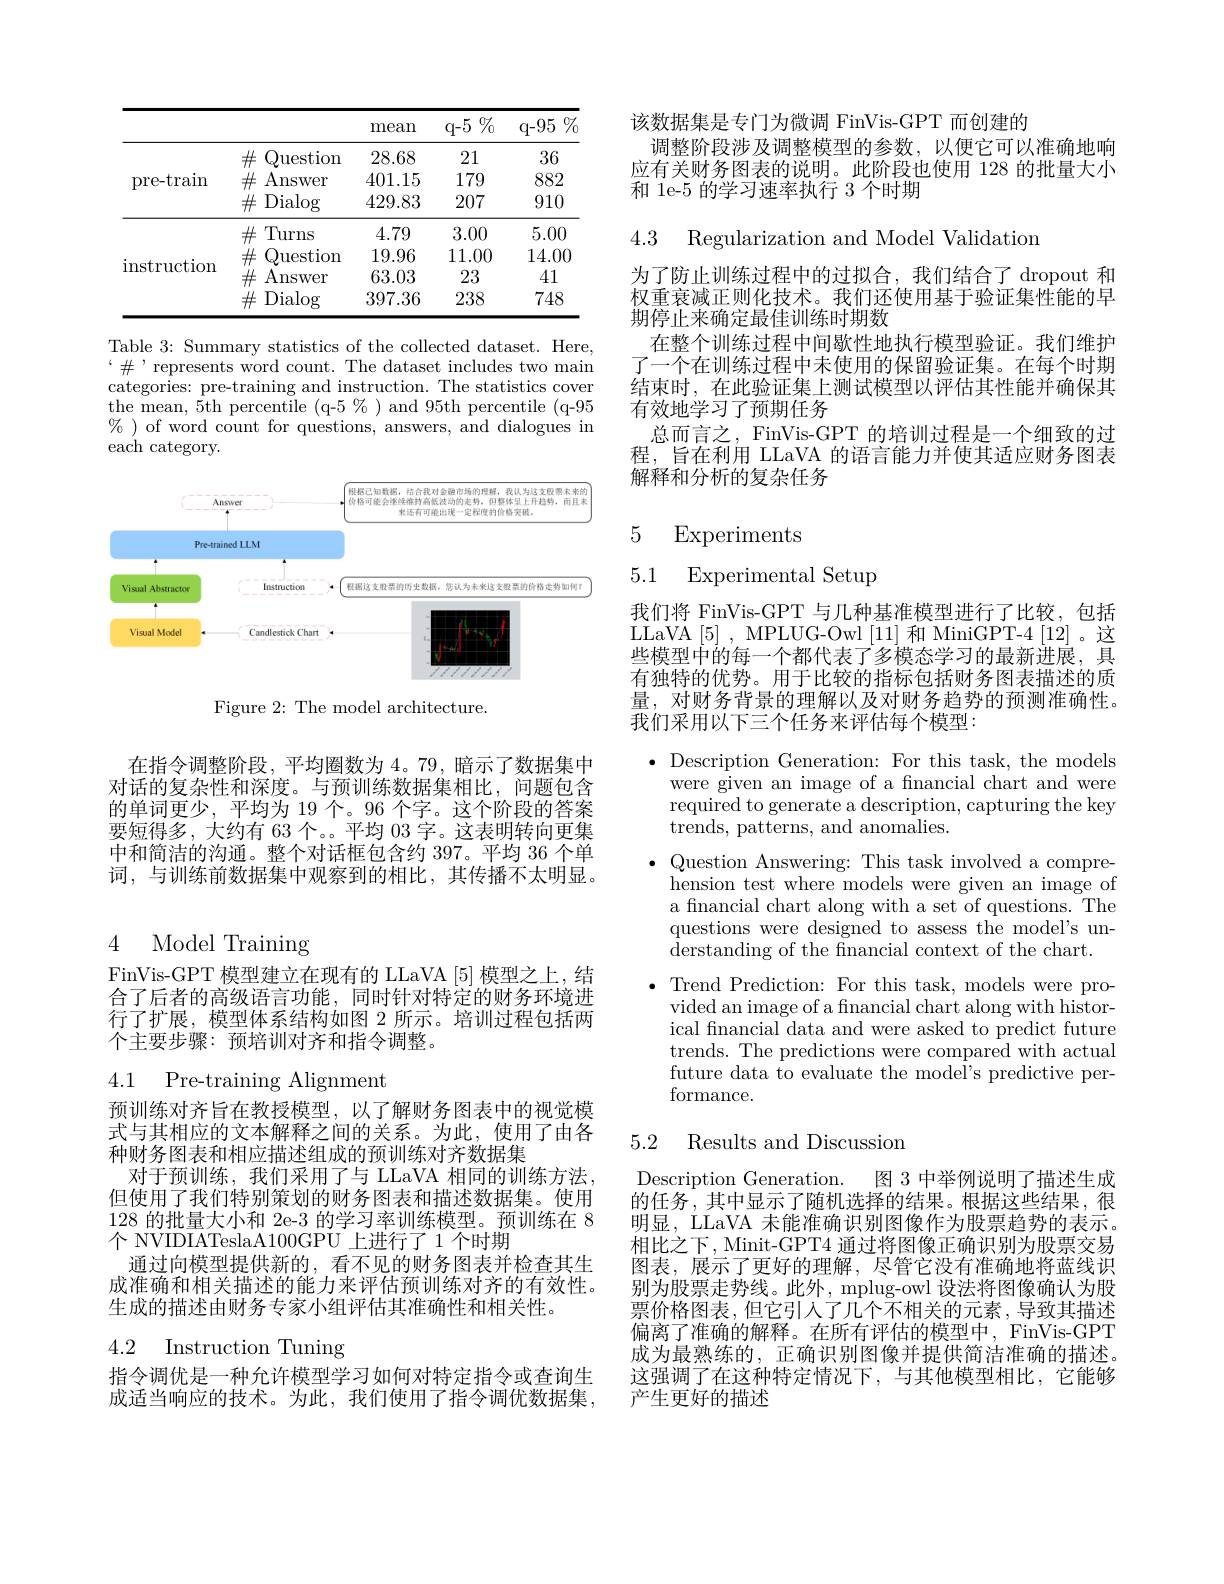
<table>
	<tbody>
		<tr>
			<th> </th>
			<th> </th>
			<th>mean</th>
			<th>$q-5\%$</th>
			<th>${\mathrm{q-95}}\%$</th>
		</tr>
		<tr>
			<td rowspan="3">pre-train</td>
			<td>Question</td>
			<td>28.68</td>
			<td>21</td>
			<td>36</td>
		</tr>
		<tr>
			<td>Answer 出</td>
			<td>401.15</td>
			<td>179</td>
			<td>882</td>
		</tr>
		<tr>
			<td>$\#$ Dialog</td>
			<td>429.83</td>
			<td>207</td>
			<td>910</td>
		</tr>
		<tr>
			<td rowspan="4">instruction</td>
			<td>$\#$ Turns</td>
			<td>4.79</td>
			<td>3.00</td>
			<td>5.00</td>
		</tr>
		<tr>
			<td>Question 1</td>
			<td>19.96</td>
			<td>11.00</td>
			<td>14.00</td>
		</tr>
		<tr>
			<td>Answer</td>
			<td>63.03</td>
			<td>23</td>
			<td>41</td>
		</tr>
		<tr>
			<td>$\#$ Dialog</td>
			<td>397.36</td>
			<td>238</td>
			<td>748</td>
		</tr>
	</tbody>
</table>

Table 3: Summary statistics of the collected dataset. Here, $“\#’$represents word count. The dataset includes two main categories: pre-training and instruction. The statistics cover the mean, 5th percentile (q-5%) and 95th percentile (q-95 $\%$ ) of word count for questions, answers, and dialogues in ${\mathrm{each~category.}}$

<FigureHere>

Figure 2: The model architecture.

在指令调整阶段，平均圈数为 4。79, 暗示了数据集中对话的复杂性和深度。与预训练数据集相比，问题包含的单词更少，平均为 19 个。96 个字。这个阶段的答案要短得多，大约有 63 个。。平均 03 字。这表明转向更集中和简洁的沟通。整个对话框包含约 397。平均 36 个单词，与训练前数据集中观察到的相比，其传播不太明显。

# 4 Model Training

FinVis-GPT 模型建立在现有的 LLaVA [5]模型之上，结合了后者的高级语言功能，同时针对特定的财务环境进行了扩展，模型体系结构如图 2 所示。培训过程包括两个主要步骤：预培训对齐和指令调整。

4.1 Pre-training Alignment

预训练对齐旨在教授模型，以了解财务图表中的视觉模式与其相应的文本解释之间的关系。为此，使用了由各种财务图表和相应描述组成的预训练对齐数据集
对于预训练，我们采用了与 LLaVA 相同的训练方法， 但使用了我们特别策划的财务图表和描述数据集。使用128的批量大小和 2e-3 的学习率训练模型。预训练在 8个 NVIDIATeslaA100GPU 上进行了1个时期
通过向模型提供新的，看不见的财务图表并检查其生成准确和相关描述的能力来评估预训练对齐的有效性。生成的描述由财务专家小组评估其准确性和相关性。

4.2 Instruction Tuning

指令调优是一种允许模型学习如何对特定指令或查询生成适当响应的技术。为此，我们使用了指令调优数据集，

该数据集是专门为微调 FinVis-GPT 而创建的
调整阶段涉及调整模型的参数，以便它可以准确地响应有关财务图表的说明。此阶段也使用 128 的批量大小和 1e-5 的学习速率执行 3 个时期

4.3 Regularization and Model Validation

为了防止训练过程中的过拟合，我们结合了 dropout 和权重衰减正则化技术。我们还使用基于验证集性能的早期停止来确定最佳训练时期数
在整个训练过程中间歇性地执行模型验证。我们维护了一个在训练过程中未使用的保留验证集。在每个时期结束时，在此验证集上测试模型以评估其性能并确保其有效地学习了预期任务
总而言之，FinVis-GPT 的培训过程是一个细致的过程，旨在利用 LLaVA 的语言能力并使其适应财务图表解释和分析的复杂任务

5 Experiments

# 5.1 Experimental Setup

我们将 FinVis-GPT 与几种基准模型进行了比较，包括LLaVA [5], MPLUG-Owl [11]和 MiniGPT-4 [12]。这些模型中的每一个都代表了多模态学习的最新进展，具有独特的优势。用于比较的指标包括财务图表描述的质量，对财务背景的理解以及对财务趋势的预测准确性。我们采用以下三个任务来评估每个模型：

$\cdot$Description Generation: For this task, the models were given an image of a fnancial chart and were required to generate a description, capturing the key trends, patterns, and anomalies.
$\bullet$ Question Answering: This task involved a comprehension test where models were given an image of a fnancial chart along with a set of questions. The questions were designed to assess the model's understanding of the fnancial context of the chart.
$\bullet$ Trend Prediction: For this task, models were pro-
vided an image of a financial chart along with historical fnancial data and were asked to predict future trends. The predictions were compared with actual future data to evaluate the model's predictive performance.

## 5.2 Results and Discussiom

Description Generation.
图 3 中举例说明了描述生成
的任务，其中显示了随机选择的结果。根据这些结果，很明显，LLaVA 未能准确识别图像作为股票趋势的表示。相比之下，Minit-GPT4 通过将图像正确识别为股票交易图表，展示了更好的理解，尽管它没有准确地将蓝线识别为股票走势线。此外，mplug-owl 设法将图像确认为股票价格图表，但它引入了几个不相关的元素，导致其描述偏离了准确的解释。在所有评估的模型中，FinVis-GPT 成为最熟练的，正确识别图像并提供简洁准确的描述。这强调了在这种特定情况下，与其他模型相比，它能够产生更好的描述